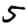
Digit: 5